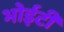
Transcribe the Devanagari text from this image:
भोईटी